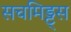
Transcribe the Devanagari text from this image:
सचमिड्ट्स